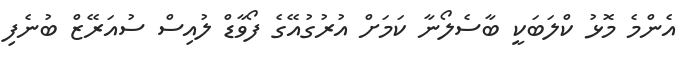
އެންމެ މޮޅު ކްލަބަކީ ބާސެލޯނާ ކަމަށް އުރުގުއޭގެ ފޯވާޑް ލުއިސް ސުއަރޭޒް ބުނެފި